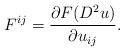
\begin{align*}F^{ij} = \frac{\partial F(D^2 u)}{\partial u_{ij}}.\end{align*}